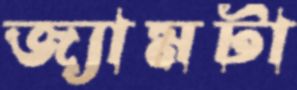
জ্যামটা